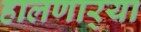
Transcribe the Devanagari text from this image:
हालणार्‍या